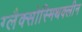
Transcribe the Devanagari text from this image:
ग्लैक्सोस्मिथक्लीन